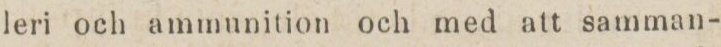
leri och ammunition och med att samman-